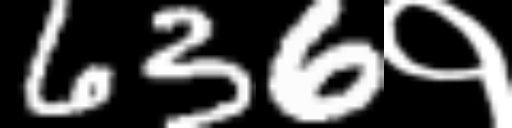
Text: 636१